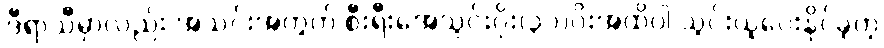
ဒီရာသီမှာလည်း အသင်းအတွက် စီးရီးအေသွင်းဂိုး(၃၁)ဂိုးအထိပါ သွင်းယူပေးနိုင်ခဲ့တဲ့